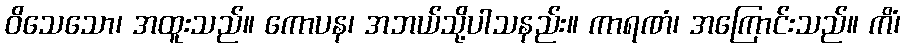
ဝိသေသော၊ အထူးသည်။ ကောပန၊ အဘယ်သို့ပါသနည်း။ ကာရဏံ၊ အကြောင်းသည်။ ကိံ၊